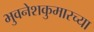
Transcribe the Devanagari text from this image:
भुवनेशकुमारच्या